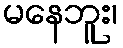
မနေဘူး၊